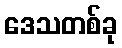
ဒေသတစ်ခု